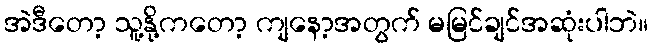
အဲဒီတော့ သူ့နို့ကတော့ ကျနော့အတွက် မမြင်ချင်အဆုံးပါဘဲ။